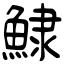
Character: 𩸙